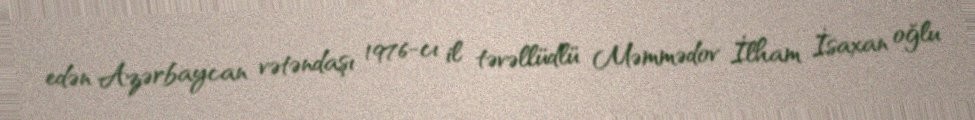
edən Azərbaycan vətəndaşı 1976-cı il təvəllüdlü Məmmədov İlham İsaxan oğlu